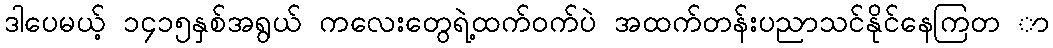
ဒါပေမယ့် ၁၄၁၅နှစ်အရွယ် ကလေးတွေရဲ့ထက်ဝက်ပဲ အထက်တန်းပညာသင်နိုင်နေကြတ ာ